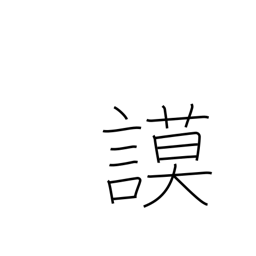
Meaning: deliberate